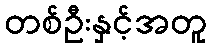
တစ်ဦးနှင့်အတူ